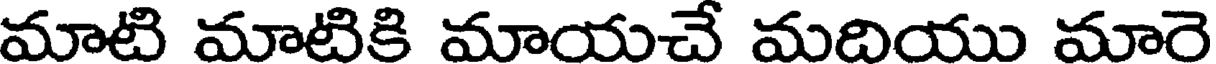
మాటి మాటికి మాయచే మదియు మారె